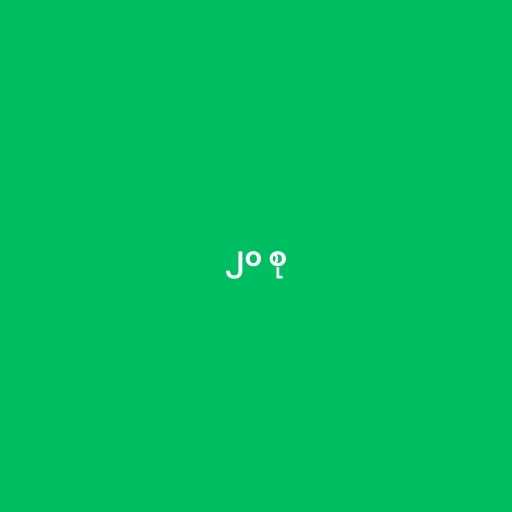
၂၀ စု